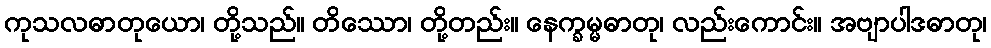
ကုသလဓာတုယော၊ တို့သည်။ တိဿော၊ တို့တည်း။ နေက္ခမ္မဓာတု၊ လည်းကောင်း။ အဗျာပါဒဓာတု၊